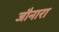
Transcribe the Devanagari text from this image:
जौनारा